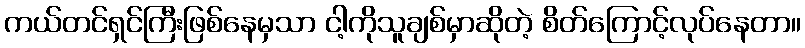
ကယ်တင်ရှင်ကြီးဖြစ်နေမှသာ ငါ့ကိုသူချစ်မှာဆိုတဲ့ စိတ်ကြောင့်လုပ်နေတာ။